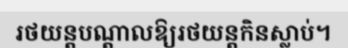
រថយន្តបណ្តាលឱ្យរថយន្តកិនស្លាប់។